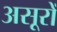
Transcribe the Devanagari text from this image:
असूरों